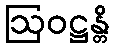
ဩဝဋ္ဌန္တိ